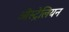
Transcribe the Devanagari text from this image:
ऒस्ट्रेलियन